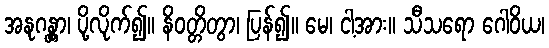
အနုဂန္တွာ၊ ပို့လိုက်၍။ နိဝတ္တိတွာ၊ ပြန်၍။ မေ၊ ငါ့အား။ သီသရော ဂေါဝိယ၊